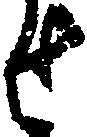
せ